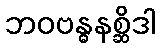
ဘဝဗန္ဓနစ္ဆိဒါ